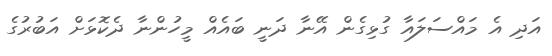
އަދި އެ މައްސަލައާ ގުޅިގެން އޭނާ ދަނީ ބައެއް މީހުންނާ ދެކޮޅަށް އަބުރުގެ